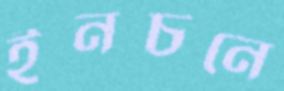
ইনচনে